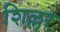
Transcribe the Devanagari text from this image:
शिल्लर